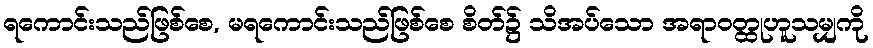
ရကောင်းသည်ဖြစ်စေ, မရကောင်းသည်ဖြစ်စေ စိတ်၌ သိအပ်သော အရာဝတ္ထုဟူသမျှကို